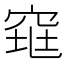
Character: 𰩋